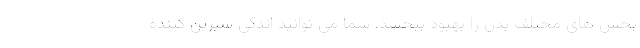
بخش های مختلف بدن را بهبود ببخشد. شما می توانید اندکی شیرین کننده